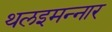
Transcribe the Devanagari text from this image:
थलइमन्‍नार